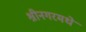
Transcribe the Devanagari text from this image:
श्रीनगरमधे